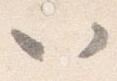
以